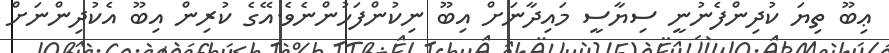
ޢިބޫ ތިޔަ ކުދިންފެނުނީ ސިޔާސީ މައިދާނަށް އިބޫ ނިކުންފަހުންނެވެ.އޭގެ ކުރިން އިބޫ އެކުދިންނަށް